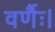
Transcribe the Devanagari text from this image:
वर्णैः।